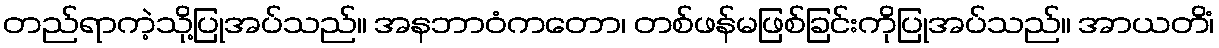
တည်ရာကဲ့သို့ပြုအပ်သည်။ အနဘာဝံကတော၊ တစ်ဖန်မဖြစ်ခြင်းကိုပြုအပ်သည်။ အာယတိံ၊